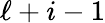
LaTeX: \ell+i-1